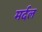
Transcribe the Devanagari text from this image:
मर्दल